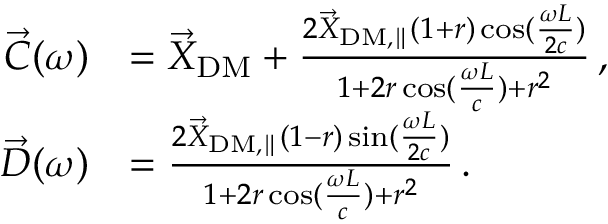
\begin{array} { r l } { \vec { C } ( \omega ) } & { = \vec { X } _ { \mathrm { D M } } + \frac { 2 \vec { X } _ { \mathrm { D M , \parallel } } ( 1 + r ) \cos ( \frac { \omega L } { 2 c } ) } { 1 + 2 r \cos ( \frac { \omega L } { c } ) + r ^ { 2 } } \, , } \\ { \vec { D } ( \omega ) } & { = \frac { 2 \vec { X } _ { \mathrm { D M , \parallel } } ( 1 - r ) \sin ( \frac { \omega L } { 2 c } ) } { 1 + 2 r \cos ( \frac { \omega L } { c } ) + r ^ { 2 } } \, . } \end{array}